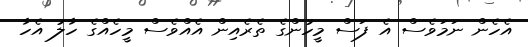
އެހެން ނަމަވެސް އެ ފަސް މީހުންގެ ތެރެއިން އެއްވެސް މީހެއްގެ ހާލު އެހާ